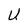
Character: U